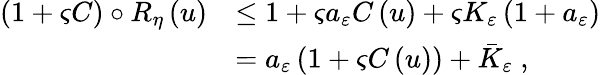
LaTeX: \begin{array}{rl}{\left(1+\varsigma C\right)\circ R_{\eta}\left(u\right)}&{\leq 1+\varsigma a_{\varepsilon}C\left(u\right)+\varsigma K_{\varepsilon}\left(1+a_{\varepsilon}\right)}\\ &{=a_{\varepsilon}\left(1+\varsigma C\left(u\right)\right)+\bar{K}_{\varepsilon}\ ,}\end{array}